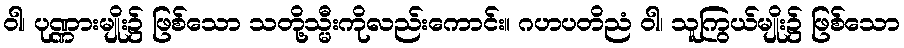
ဝါ၊ ပုဏ္ဏားမျိုး၌ ဖြစ်သော သတို့သ္မီးကိုလည်းကောင်း။ ဂဟပတိညံ ဝါ၊ သူကြွယ်မျိုး၌ ဖြစ်သော